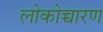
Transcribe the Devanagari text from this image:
लोकोच्चारण